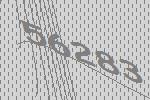
56283